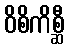
ဝိစိကိစ္ဆီ